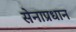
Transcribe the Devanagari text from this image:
सेनाप्रधान